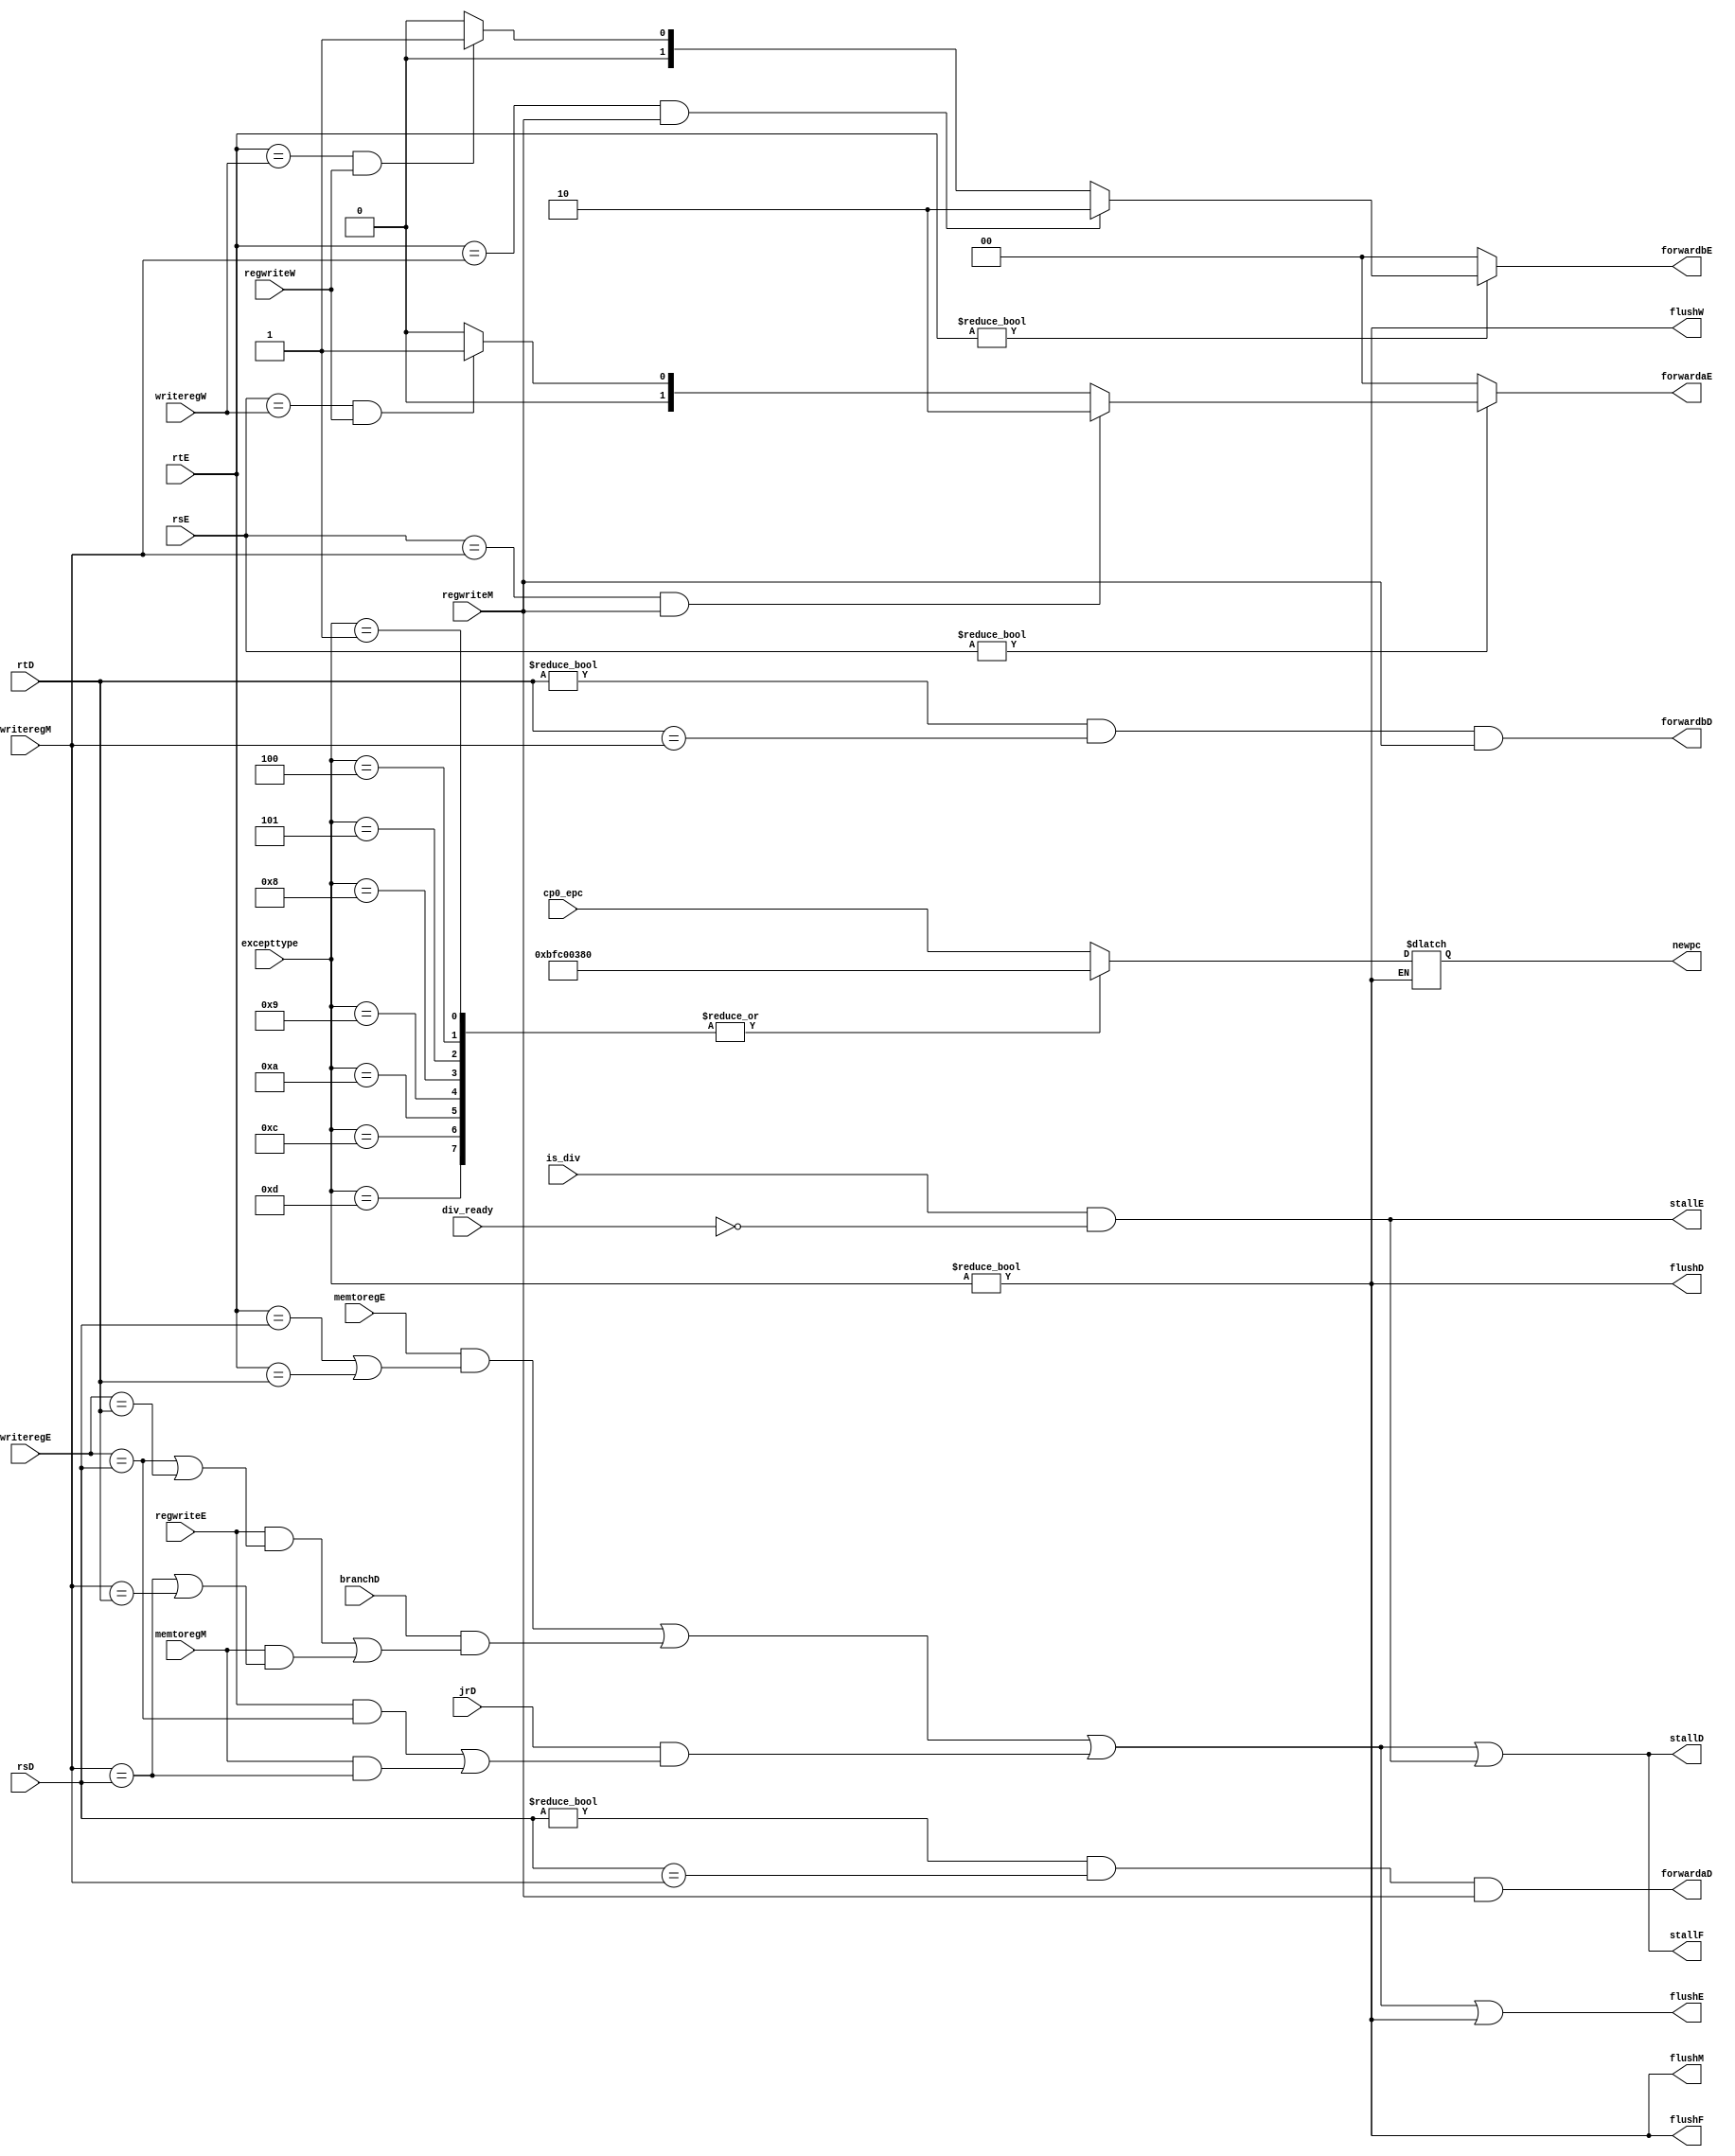
`timescale 1ns / 1ps
//////////////////////////////////////////////////////////////////////////////////
// Company: 
// Engineer: 
// 
// Design Name: 
// Module Name: hazard
// Project Name: 
// Target Devices: 
// Tool Versions: 
// Description: 
// 
// Dependencies: 
// 
// Revision:
// Revision 0.01 - File Created
// Additional Comments:
// 
//////////////////////////////////////////////////////////////////////////////////


module hazard(
	//fetch stage
	output wire stallF,flushF, // flushF
	//decode stage
	input wire[4:0] rsD,rtD,
	input wire branchD,
	input wire jrD, // 
	output wire forwardaD,forwardbD,
	output wire stallD,flushD,
	//execute stage
	input wire[4:0] rsE,rtE,
	input wire[4:0] writeregE,
	input wire regwriteE,
	input wire memtoregE,
	input wire is_div,div_ready, // 
	output reg[1:0] forwardaE,forwardbE,
	output wire stallE,flushE, // 
	//mem stage
	input wire[4:0] writeregM,
	input wire regwriteM,
	input wire memtoregM,
	output wire flushM, // 
	// 
	input wire[31:0] excepttype,
	input wire[31:0] cp0_epc,
	output reg[31:0] newpc,

	//write back stage
	input wire[4:0] writeregW,
	input wire regwriteW,
	output wire flushW // 
    );

	wire lwstallD,branchstallD;
	
	wire jrstallD; // 

	//forwarding sources to D stage (branch equality)
	assign forwardaD = (rsD != 0 & rsD == writeregM & regwriteM);
	assign forwardbD = (rtD != 0 & rtD == writeregM & regwriteM);
	
	//forwarding sources to E stage (ALU)

	always @(*) begin
		forwardaE = 2'b00;
		forwardbE = 2'b00;
		if(rsE != 0) begin
			/* code */
			if(rsE == writeregM & regwriteM) begin
				/* code */
				forwardaE = 2'b10;
			end else if(rsE == writeregW & regwriteW) begin
				/* code */
				forwardaE = 2'b01;
			end
		end
		if(rtE != 0) begin
			/* code */
			if(rtE == writeregM & regwriteM) begin
				/* code */
				forwardbE = 2'b10;
			end else if(rtE == writeregW & regwriteW) begin
				/* code */
				forwardbE = 2'b01;
			end
		end
	end

	//stalls	assign #1
	assign lwstallD = memtoregE & (rtE == rsD | rtE == rtD);
	assign branchstallD = branchD &
				((regwriteE & (writeregE == rsD | writeregE == rtD) ) |
				(memtoregM & (writeregM == rsD | writeregM == rtD)) );
	assign jrstallD = jrD & ((regwriteE & writeregE == rsD) | (memtoregM & writeregM == rsD)) ;
	assign stallD = lwstallD | branchstallD | jrstallD | stallE;
	assign stallF = stallD;
	
	/**/
	assign stallE = is_div & ~div_ready;
		//stalling D stalls all previous stages
//	assign #1 flushE = stallD; 
		//stalling D flushes next stage
	// Note: not necessary to stall D stage on store
  	//       if source comes from load;
  	//       instead, another bypass network could
  	//       be added from W to M
  	
  	/**/
  	always@(*)begin
  	     if(excepttype!=32'b0)begin
  	         case(excepttype)
  	             32'h00000001,32'h00000004,32'h00000005,32'h00000008,
  	                 32'h00000009,32'h0000000a,32'h0000000c,32'h0000000d:
  	                     newpc = 32'hBFC00380;
  	             default:newpc = cp0_epc;
  	         endcase
  	     end
  	end
  	assign flushF = (excepttype!=0);
  	assign flushD = (excepttype!=0);
  	assign flushE = lwstallD | branchstallD | jrstallD | (excepttype!=0);
  	assign flushM = (excepttype!=0);
  	assign flushW = (excepttype!=0);
endmodule